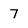
Character: 7